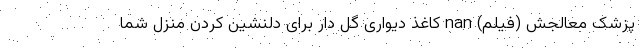
پزشک معالجش (فیلم) nan کاغذ دیواری گل دار برای دلنشین کردن منزل شما